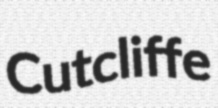
Cutcliffe